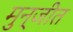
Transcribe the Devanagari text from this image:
मुन्जीत